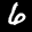
Label: 6